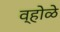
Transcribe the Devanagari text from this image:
व्होळे